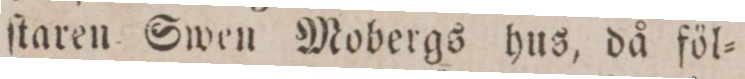
ſtaren Swen Mobergs hus, då föl=